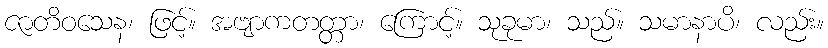
ဇာတိဝသေန၊ ဖြင့်။ အဗျာကတတ္တာ၊ ကြောင့်။ သုခုမာ၊ သည်။ သမာနာပိ၊ လည်း။